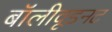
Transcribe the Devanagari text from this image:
बॉलीवूडनट